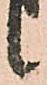
候